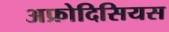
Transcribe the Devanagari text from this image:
अफ्रोदिसियस